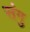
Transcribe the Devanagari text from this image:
संगु